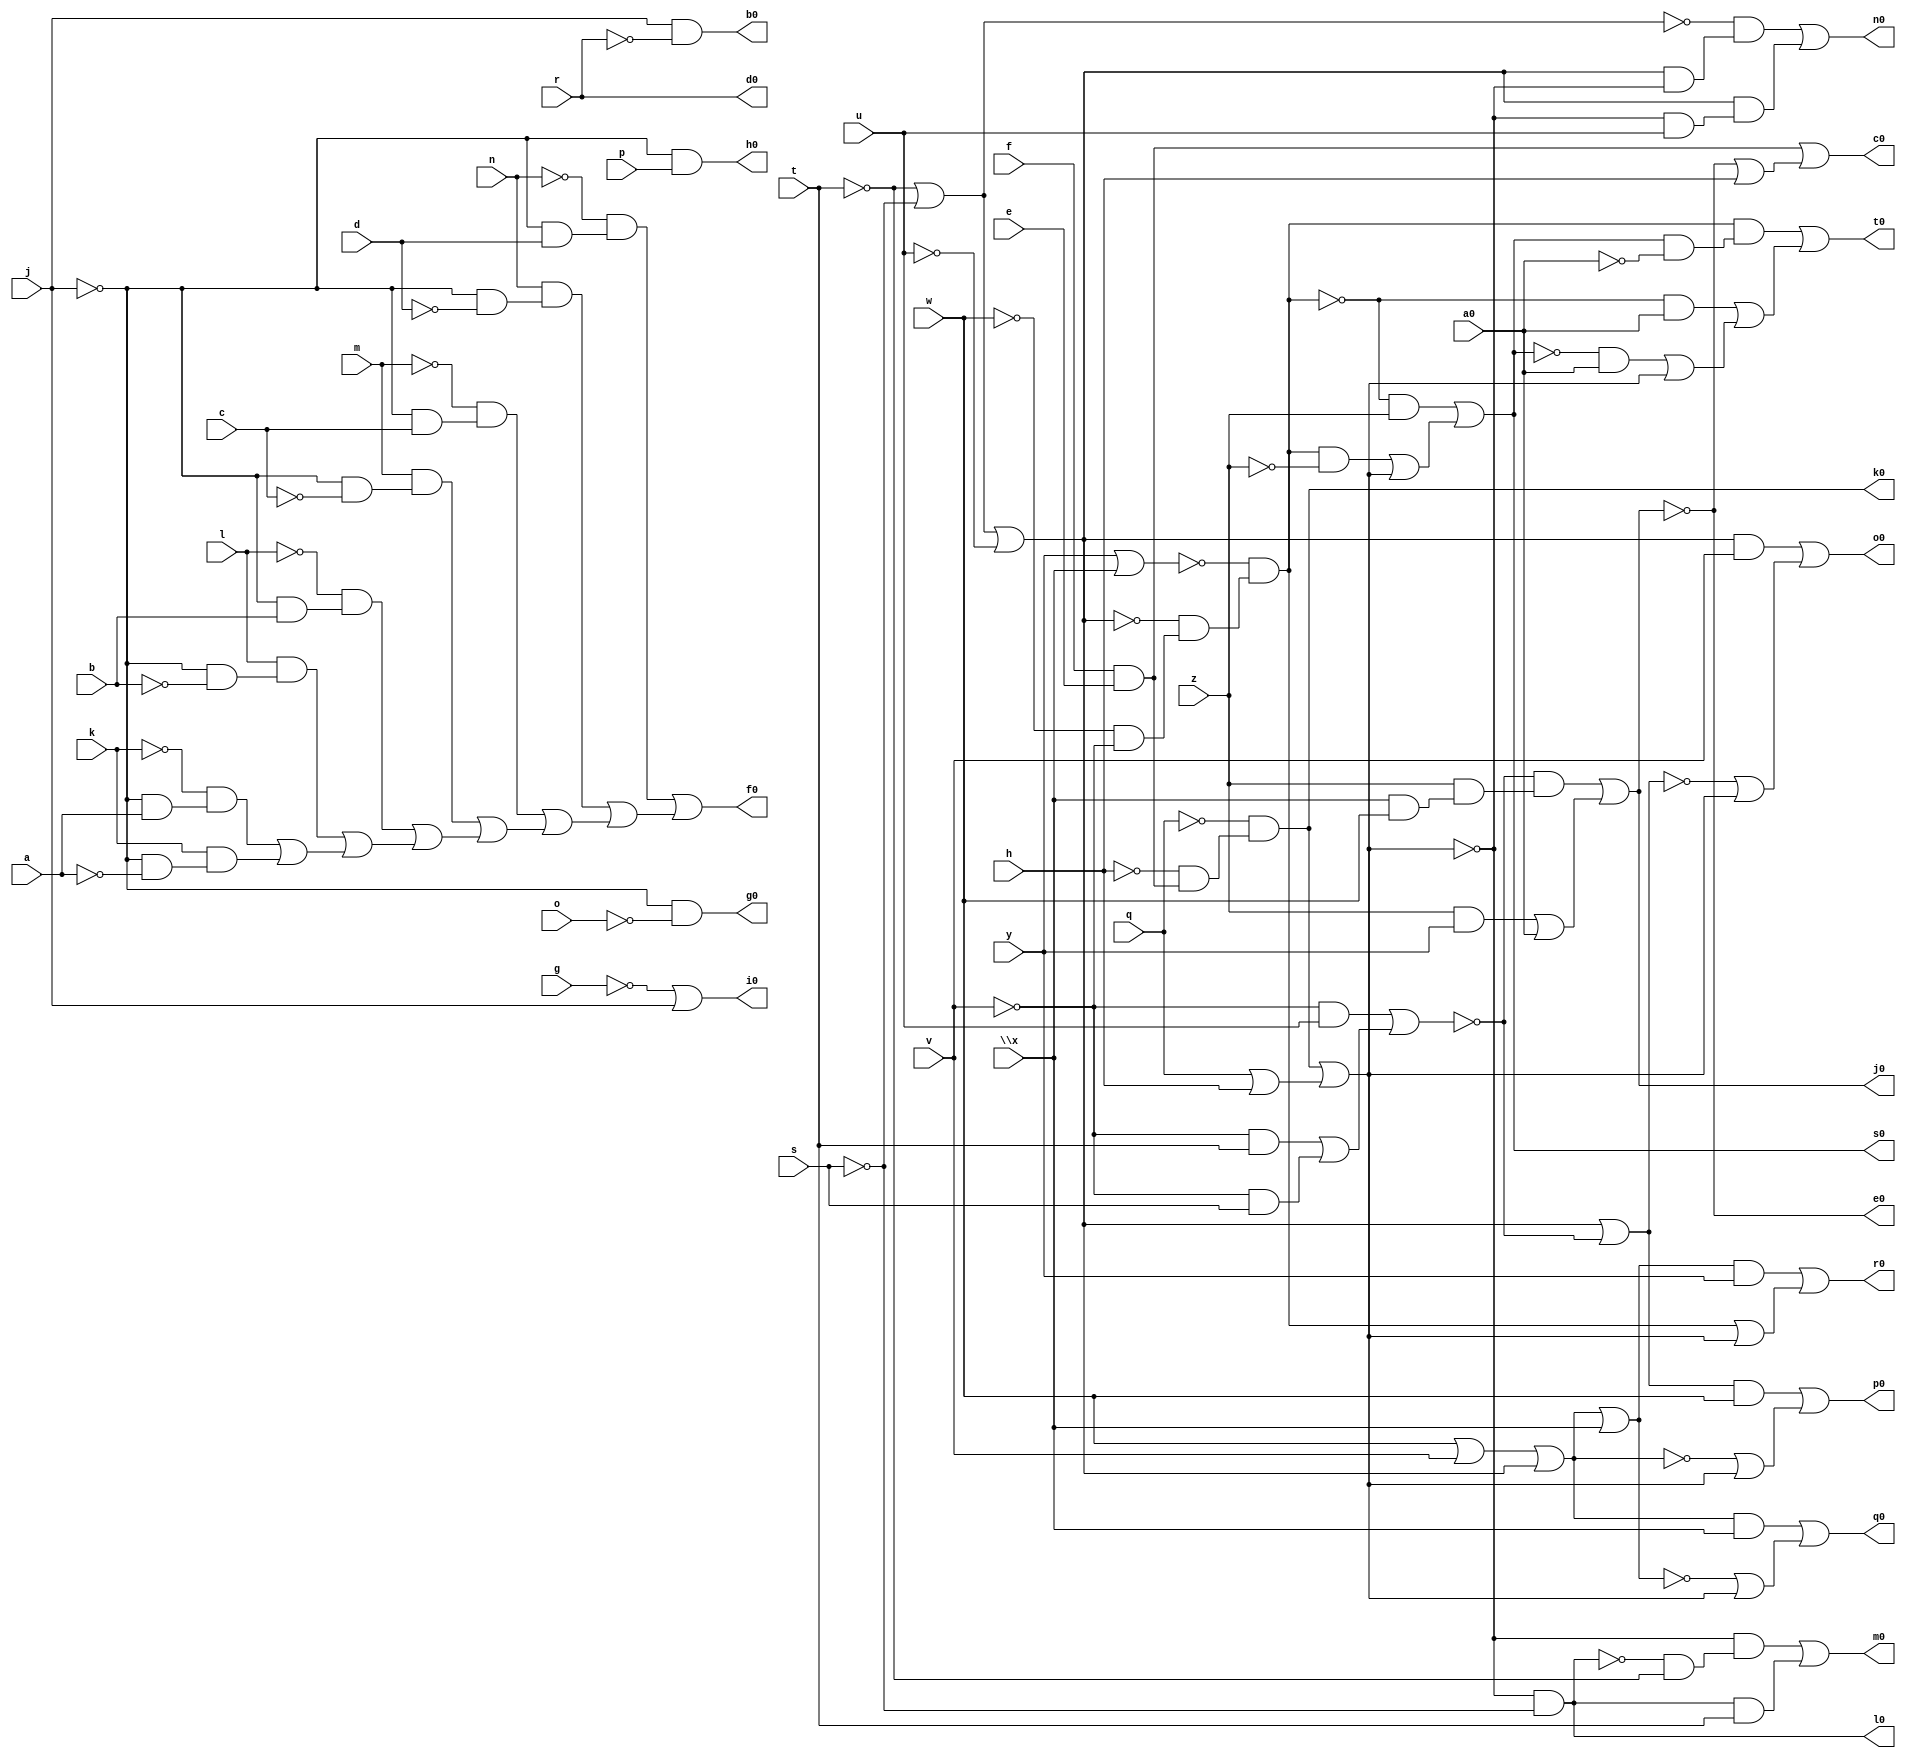
// IWLS benchmark module "lal" printed on Wed May 29 17:27:52 2002
module lal(a, b, c, d, e, f, g, h, j, k, l, m, n, o, p, q, r, s, t, u, v, w, \x , y, z, a0, b0, c0, d0, e0, f0, g0, h0, i0, j0, k0, l0, m0, n0, o0, p0, q0, r0, s0, t0);
input
  a,
  b,
  c,
  d,
  e,
  f,
  g,
  h,
  j,
  k,
  l,
  m,
  n,
  o,
  p,
  q,
  r,
  s,
  t,
  u,
  v,
  w,
  \x ,
  y,
  z,
  a0;
output
  k0,
  l0,
  m0,
  n0,
  o0,
  p0,
  q0,
  r0,
  s0,
  t0,
  b0,
  c0,
  d0,
  e0,
  f0,
  g0,
  h0,
  i0,
  j0;
wire
  \[13] ,
  \[14] ,
  \[15] ,
  \[16] ,
  \[17] ,
  p2,
  \[18] ,
  q1,
  \[19] ,
  \[0] ,
  \[1] ,
  t2,
  t3,
  \[3] ,
  d2,
  \[4] ,
  \[5] ,
  \[20] ,
  \[6] ,
  \[7] ,
  \[22] ,
  \[8] ,
  \[10] ,
  \[23] ,
  \[9] ,
  \[11] ,
  \[24] ,
  \[12] ;
assign
  k0 = \[9] ,
  \[13]  = (d2 & v) | (~\[22]  | q1),
  l0 = \[10] ,
  \[14]  = (\[22]  & w) | (~\[19]  | q1),
  m0 = \[11] ,
  \[15]  = (\[19]  & \x ) | (~\[24]  | q1),
  n0 = \[12] ,
  \[16]  = (\[24]  & y) | (t2 | q1),
  o0 = \[13] ,
  \[17]  = (~t2 & z) | ((t2 & ~z) | q1),
  p0 = \[14] ,
  p2 = w | v,
  \[18]  = (t2 & (\[17]  & ~a0)) | ((~t2 & a0) | ((~\[17]  & a0) | q1)),
  q0 = \[15] ,
  q1 = \[9]  | (q | h),
  \[19]  = p2 | d2,
  r0 = \[16] ,
  s0 = \[17] ,
  \[0]  = j & ~r,
  t0 = \[18] ,
  \[1]  = (f & e) | (~\[8]  | h),
  t2 = ~\[23]  & (~d2 & (~w & ~v)),
  t3 = (~v & u) | ((~v & t) | (~v & s)),
  b0 = \[0] ,
  c0 = \[1] ,
  \[3]  = ~\[8] ,
  d0 = r,
  d2 = \[20]  | ~u,
  \[4]  = (~n & (~j & d)) | ((n & (~j & ~d)) | ((~m & (~j & c)) | ((m & (~j & ~c)) | ((~l & (~j & b)) | ((l & (~j & ~b)) | ((~k & (~j & a)) | (k & (~j & ~a)))))))),
  e0 = \[3] ,
  \[5]  = ~j & ~o,
  f0 = \[4] ,
  \[20]  = ~t | ~s,
  \[6]  = ~j & p,
  g0 = \[5] ,
  \[7]  = ~g | j,
  h0 = \[6] ,
  \[22]  = d2 | ~t3,
  \[8]  = (~t3 & (z & (\x  & w))) | ((z & y) | a0),
  \[10]  = ~q1 & ~s,
  i0 = \[7] ,
  \[23]  = y | \x ,
  \[9]  = ~q & (~h & (f & e)),
  \[11]  = (~q1 & (~\[10]  & ~t)) | (\[10]  & t),
  j0 = \[8] ,
  \[24]  = \[19]  | \x ,
  \[12]  = (~\[20]  & (d2 & ~q1)) | (d2 & (~q1 & u));
endmodule